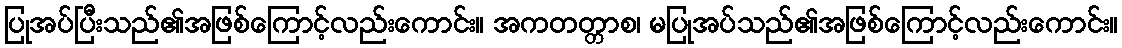
ပြုအပ်ပြီးသည်၏အဖြစ်ကြောင့်လည်းကောင်း။ အကတတ္တာစ၊ မပြုအပ်သည်၏အဖြစ်ကြောင့်လည်းကောင်း။